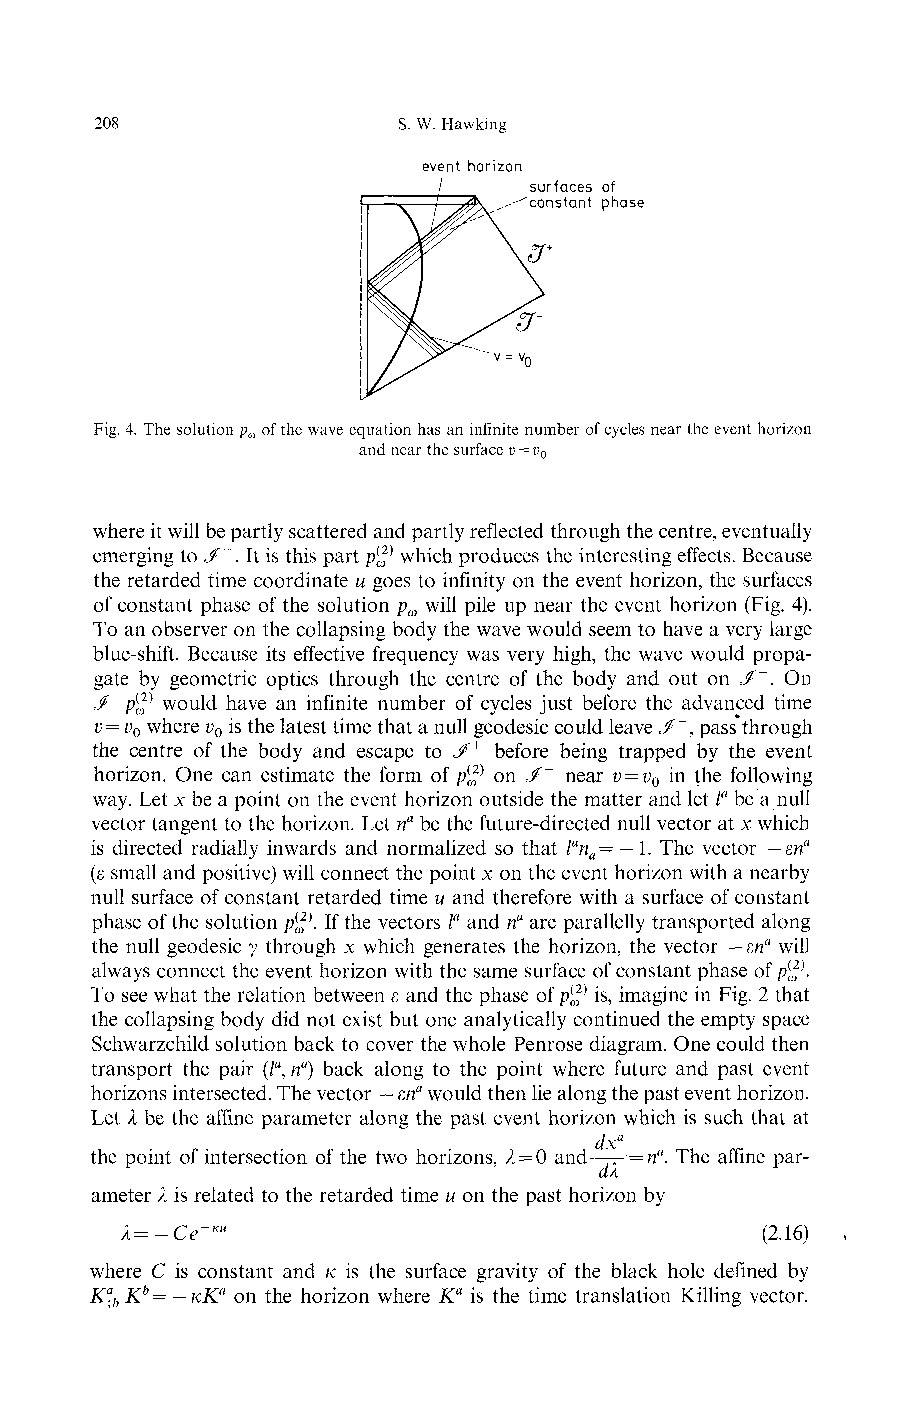
208                 S. W. Hawking
 event horizon
 /     surfaces of
 -"constant phase
 Fig. 4. The solution p of the wave equation has an infinite number of cycles near the event horizon
 ω
 and near the surface v = v
 n
 where it will be partly scattered and partly reflected through the centre, eventually
 emerging to J~. It is this part p™ which produces the interesting effects. Because
 the retarded time coordinate u goes to infinity on the event horizon, the surfaces
 of constant phase of the solution p will pile up near the event horizon (Fig. 4).
 ω
 To an observer on the collapsing body the wave would seem to have a very large
 blue-shift. Because its effective frequency was very high, the wave would propa-
 gate by geometric optics through the centre of the body and out on </". On
 ^~P(ω} would have an infinite number of cycles just before the advanced time
 v=v where v is the latest time that a null geodesic could leave </", pass through
 0    0
 the centre of the body and escape to J^+ before being trapped by the event
 horizon. One can estimate the form of p(^} on J~ near v = v in the following
 0
 way. Let x be a point on the event horizon outside the matter and let la be a null
 vector tangent to the horizon. Let na be the future-directed null vector at x which
 is directed radially inwards and normalized so that lan — — 1. The vector — ma
 a
 (ε small and positive) will connect the point x on the event horizon with a nearby
 null surface of constant retarded time u and therefore with a surface of constant
 phase of the solution p(^\ If the vectors la and na are parallelly transported along
 the null geodesic y through x which generates the horizon, the vector — &na will
 always connect the event horizon with the same surface of constant phase of p(^\
 To see what the relation between ε and the phase of p(^} is, imagine in Fig. 2 that
 the collapsing body did not exist but one analytically continued the empty space
 Schwarzchild solution back to cover the whole Penrose diagram. One could then
 transport the pair (/fl, na) back along to the point where future and past event
 horizons intersected. The vector — εna would then lie along the past event horizon.
 Let λ be the affine parameter along the past event horizon which is such that at
 dxa
 the point of intersection of the two horizons, λ = 0 and—— = na. The affine par-
 dλ
 ameter λ is related to the retarded time u on the past horizon by
 λ=-Ce~κu                                  (2.16)
 where C is constant and K is the surface gravity of the black hole defined by
 K° Kb= -κKa on the horizon where Ka is the time translation Killing vector.
 b